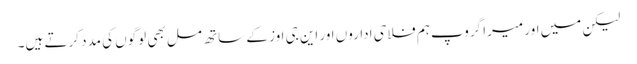
لیکن میں اور میرا گروپ ہم فلاحی اداروں اور این جی اوز کے ساتھ مل بھی لوگوں کی مدد کرتے ہیں۔